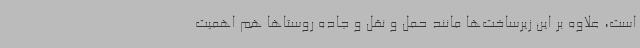
است، علاوه بر این زیرساخت‌ها مانند حمل و نقل و جاده‌ روستاها هم اهمیت